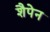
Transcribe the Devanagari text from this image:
शैपेन